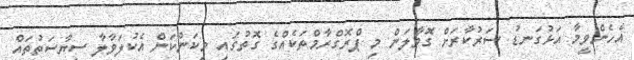
އެހެންވީމާ އަޅުގަނޑު ސަރުކާރަށް ގޮވާލަން މި ޕްރޮގްރާމްތަކެއްގެ ގޮތުގައި މިކަންކަން އެކުލަވާލާ ސިޔާސަތުތައް